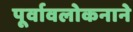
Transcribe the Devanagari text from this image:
पूर्वावलोकनाने